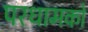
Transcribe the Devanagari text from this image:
परधामको